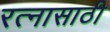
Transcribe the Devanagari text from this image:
रत्‍नासाठी